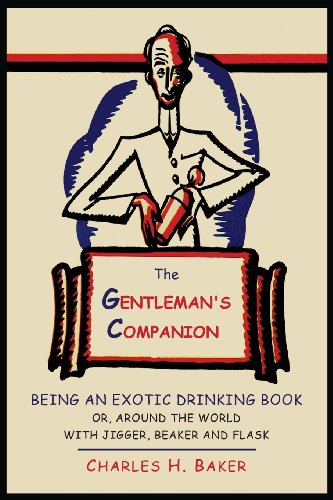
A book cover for The Gentleman's Companion: Being an Exotic Drinking Book Or, Around the World with Jigger, Beaker and Flask; Charles Henry Baker; Cookbooks, Food & Wine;